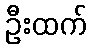
ဦးထက်